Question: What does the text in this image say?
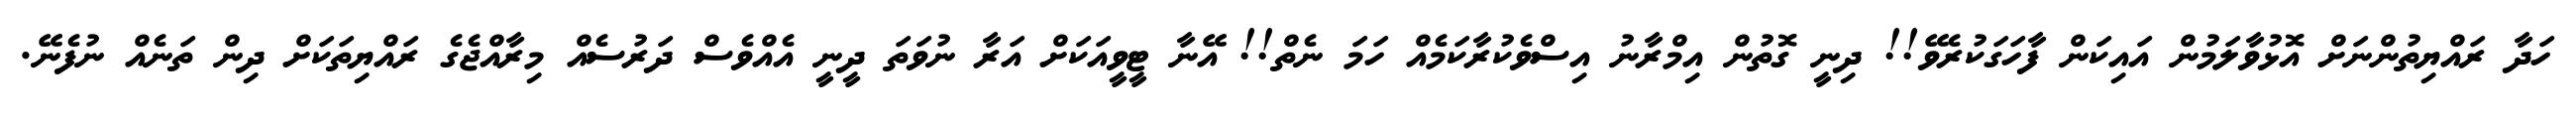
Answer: ހަދާ ރައްޔިތުންނަށް އޮޅުވާލަމުން އައިކަން ފާހަގަކުރެވޭ!! ދިނީ ގޮތުން އިމްރާނު އިސްވެކުރާކަމެއް ހަމަ ނެތް!! އޭނާ ޓީވީއަކަށް އަރާ ނުވަތަ ދީނީ އެއްވެސް ދަރުސެއް މިރާއްޖެގެ ރައްޔިތަކަށް ދިން ތަނެއް ނުފެނޭ.